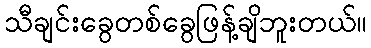
သီချင်းခွေတစ်ခွေဖြန့်ချိဘူးတယ်။